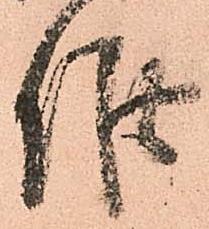
候